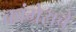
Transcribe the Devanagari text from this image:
कांग्रेसचे